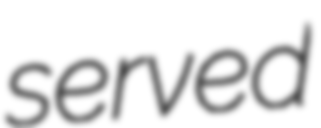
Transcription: served